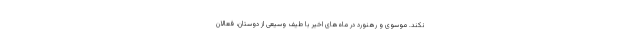
نکند. موسوی و رهنورد در ماه‌های اخیر با طیف وسیعی از دوستان، فعالان